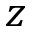
z